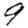
Digit: 9